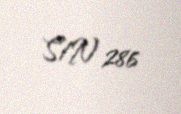
S/N 286